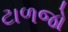
ટાળજો